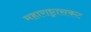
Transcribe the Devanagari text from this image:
महाराष्ट्रासकट